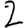
Digit: 2